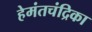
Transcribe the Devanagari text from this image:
हेमंतचंद्रिका